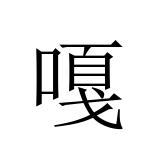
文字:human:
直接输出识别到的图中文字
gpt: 嘎